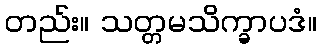
တည်း။ သတ္တမသိက္ခာပဒံ။